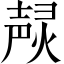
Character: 𤍌